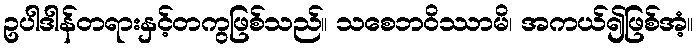
ဥပါဒါန်တရားနှင့်တကွဖြစ်သည်။ သစေဘဝိဿာမိ၊ အကယ်၍ဖြစ်အံ့။